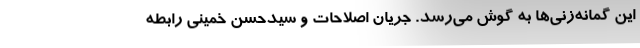
این گمانه‌زنی‌ها به گوش می‌رسد. جریان اصلاحات و سیدحسن خمینی رابطه